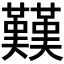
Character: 𱕭